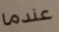
عندما